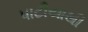
પાટીયાથી